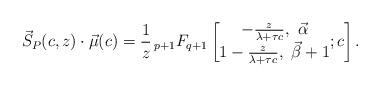
LaTeX: \begin{align*}\vec{S}_{P}(c,z) \cdot\vec{\mu} (c ) =\frac{1}{z}\,{}_{p+1}F_{q+1}\left[\begin{matrix}-\frac{z}{\lambda+\tau c},\ \vec{\alpha}\\1-\frac{z}{\lambda+\tau c},\ \vec{\beta}+1\end{matrix};c\right] . \end{align*}